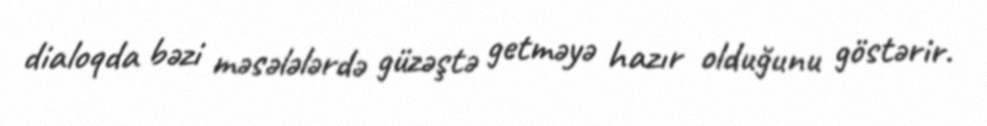
dialoqda bəzi məsələlərdə güzəştə getməyə hazır olduğunu göstərir.